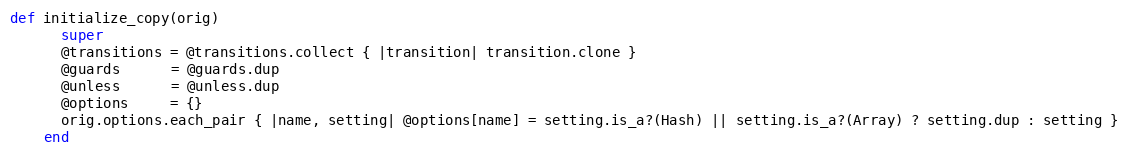
Language: Ruby
def initialize_copy(orig)
      super
      @transitions = @transitions.collect { |transition| transition.clone }
      @guards      = @guards.dup
      @unless      = @unless.dup
      @options     = {}
      orig.options.each_pair { |name, setting| @options[name] = setting.is_a?(Hash) || setting.is_a?(Array) ? setting.dup : setting }
    end